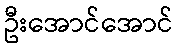
ဦးအောင်အောင်